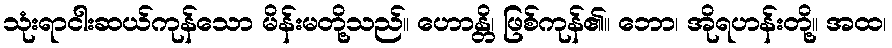
သုံးရာငါးဆယ်ကုန်သော မိန်းမတို့သည်။ ဟောန္တိ၊ ဖြစ်ကုန်၏။ ဘော၊ အိုရဟန်းတို့။ အထ၊